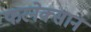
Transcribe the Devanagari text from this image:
फरनेक्सान